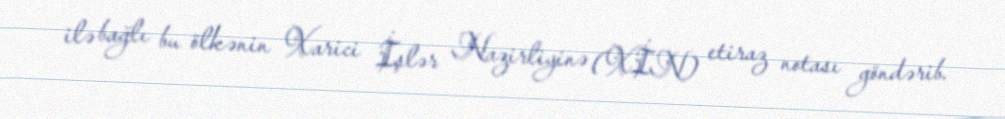
ilə bağlı bu ölkənin Xarici İşlər Nazirliyinə (XİN) etiraz notası göndərib.